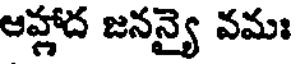
ఆహ్లాద జనన్యై వమః